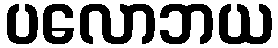
ပလောဘယ